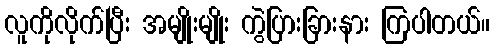
လူကိုလိုက်ပြီး အမျိုးမျိုး ကွဲပြားခြားနား ကြပါတယ်။